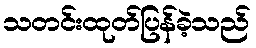
သတင်းထုတ်ပြန်ခဲ့သည်